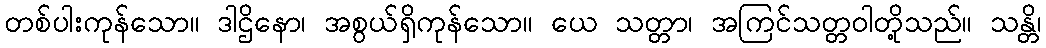
တစ်ပါးကုန်သော။ ဒါဌိနော၊ အစွယ်ရှိကုန်သော။ ယေ သတ္တာ၊ အကြင်သတ္တဝါတို့သည်။ သန္တိ၊